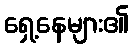
ရှေ့နေများ၏